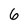
Character: 6